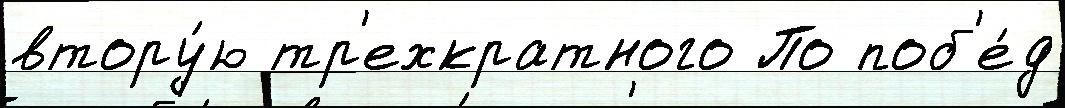
втору́ю тр'ехкратного По поб'е́д